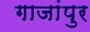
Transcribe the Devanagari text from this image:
गाजांपुर